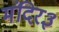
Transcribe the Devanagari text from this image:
मंदिर३